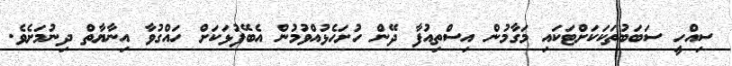
ސިއްހީ ސަބަބުތަކަކަށްޓަކައި މަގާމުން އިސްތިއުފާ ދޭން ހުށަހެޅުއްވުމުން އެބޭފުޅަކަށް ހައްގުވާ އިނާޔާތް ދިނުމަށެވެ.